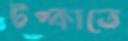
টপ্‌কাতে